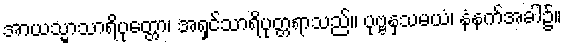
အာယသ္မာသာရိပုတ္တော၊ အရှင်သာရိပုတ္တရာသည်။ ပုဗ္ဗနှသမယံ၊ နံနက်အခါ၌။